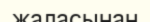
жаласынан